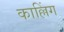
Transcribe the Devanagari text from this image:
काल्लिंग